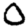
Digit: 0